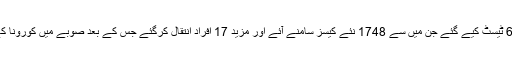
مراد علی شاہ نے بذریعہ ٹوئٹر بتایا کہ گزشتہ 24 گھنٹوں میں 6995 ٹیسٹ کیے گئے جن میں سے 1748 نئے کیسز سامنے آئے اور مزید 17 افراد انتقال کرگئے جس کے بعد صوبے میں کورونا کے مریضوں کی مجموعی تعداد 41303 اور اموات 696 ہوگئی ہیں۔